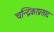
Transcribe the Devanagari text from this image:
चन्द्रिकाप्रसाद